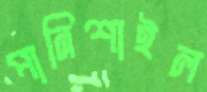
পানিশাইল